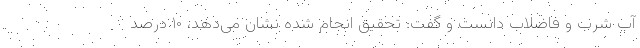
آب شرب و فاضلاب دانست و گفت: تحقیق انجام شده نشان می‌دهد، ۱۰ درصد